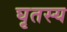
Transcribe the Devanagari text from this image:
घृतस्य